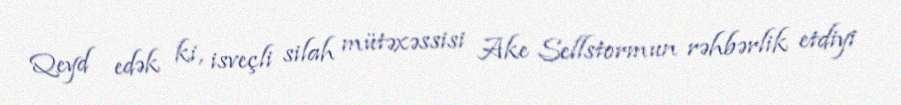
Qeyd edək ki, isveçli silah mütəxəssisi Ake Sellstormun rəhbərlik etdiyi